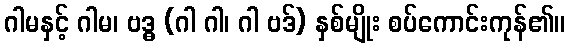
ဂါမနှင့် ဂါမ၊ ဗဒ္ဓ (ဂါ ဂါ၊ ဂါ ဗဒ်) နှစ်မျိုး စပ်ကောင်းကုန်၏။